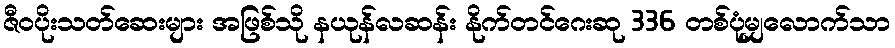
ဇီဝပိုးသတ်ဆေးများ အဖြစ်သို နယုန်လဆန်း နိုက်တင်ဂေးဆု 336 တစ်ပုံမျှလောက်သာ